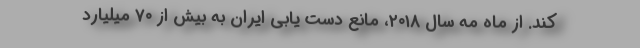
کند. از ماه مه سال ۲۰۱۸، مانع دست یابی ایران به بیش از ۷۰ میلیارد